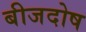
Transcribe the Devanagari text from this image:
बीजदोष